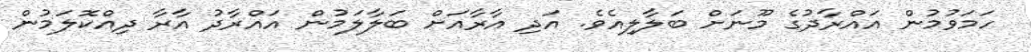
ހަމަވުމުން އައްރާދުގެ މޫނަށް ބަލާލިއެވެ. އަދި އާރާއަށް ބަލާލަމުން އައްރާދު އާރާ ދިއްކޮލަމުން